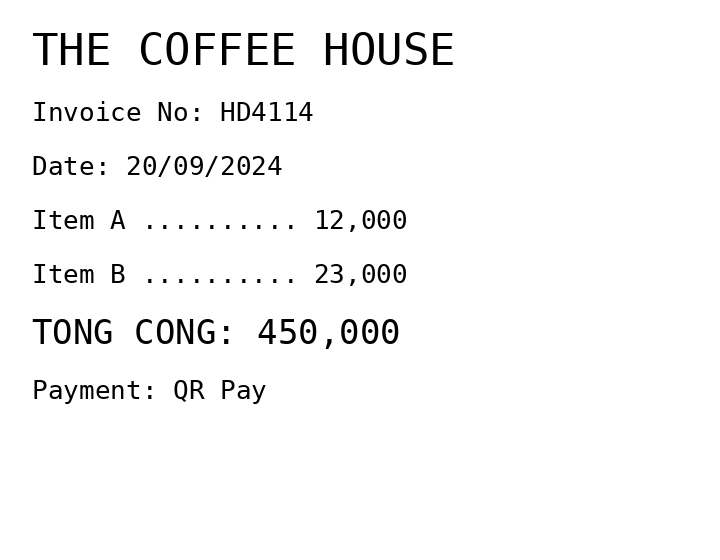
THE COFFEE HOUSE
Invoice No: HD4114
Date: 20/09/2024
Item A .......... 12,000
Item B .......... 23,000
TONG CONG: 450,000
Payment: QR Pay
Merchant: the coffee house
Date: 2024-09-20
Total: 450000
Invoice No: HD4114
Payment method: QR